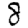
Digit: 8